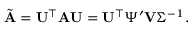
\tilde { \mathbf { A } } = \mathbf { U } ^ { \top } \mathbf { A } \mathbf { U } = \mathbf { U } ^ { \top } \Psi ^ { \prime } \mathbf { V } \Sigma ^ { - 1 } .